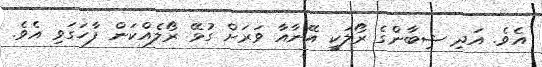
އެވެ. އަދި ޝިބާންގެ ރޯލަކީ އޭނާއާ ވަރަށް ގުޅޭ ރޯލެއްކަން ފާހަގަވި އެވެ.